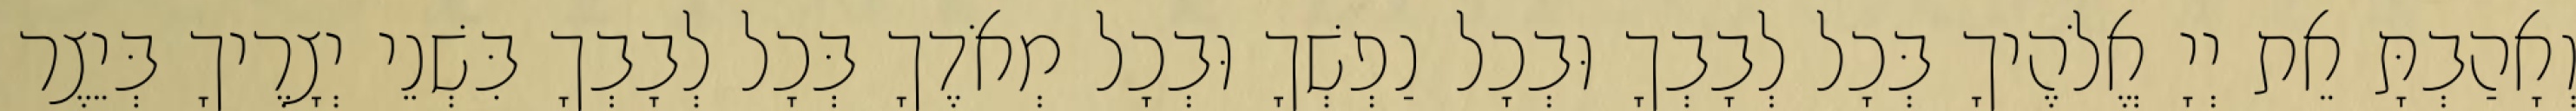
וְאָהַבְתָּ אֵת יְיָ אֱלֹהֶיךָ בְּכָל לְבָבְךָ וּבְכָל נַפְשְׁךָ וּבְכָל מְאֹדֶךָ בְּכָל לְבָבְךָ בִּשְׁנֵי יְצָרֶיךָ בְּיֵצֶר